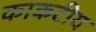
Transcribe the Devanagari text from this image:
काकटीय